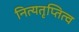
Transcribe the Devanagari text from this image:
नित्यतृप्तित्व